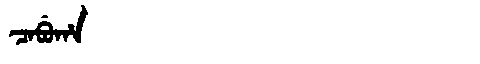
Manchu: ᠴᠠᠪᡠᡥᠠ
Romanization: CABUHA